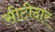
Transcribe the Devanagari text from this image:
सीटीदार